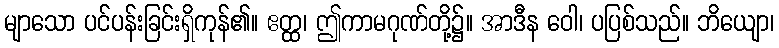
မျာသော ပင်ပန်းခြင်းရှိကုန်၏။ ဧတ္ထ၊ ဤကာမဂုဏ်တို့၌။ အာဒီန ဝေါ၊ ပပြစ်သည်။ ဘိယျော၊